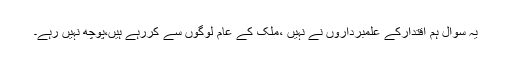
یہ سوال ہم اقتدارکے علمبرداروں نے نہیں ،ملک کے عام لوگوں سے کررہے ہیں،پوچھ نہیں رہے۔